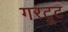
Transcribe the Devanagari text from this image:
गरट्रूट